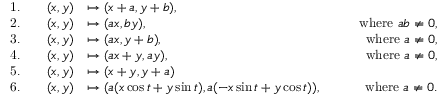
{ \begin{array} { r l r l r } { { \mathrm { 1 . } } } & { } & { ( x , y ) } & { \mapsto ( x + a , y + b ) , } \\ { { \mathrm { 2 . } } } & { } & { ( x , y ) } & { \mapsto ( a x , b y ) , } & { \qquad { \mathrm { w h e r e ~ } } a b \neq 0 , } \\ { { \mathrm { 3 . } } } & { } & { ( x , y ) } & { \mapsto ( a x , y + b ) , } & { \qquad { \mathrm { w h e r e ~ } } a \neq 0 , } \\ { { \mathrm { 4 . } } } & { } & { ( x , y ) } & { \mapsto ( a x + y , a y ) , } & { \qquad { \mathrm { w h e r e ~ } } a \neq 0 , } \\ { { \mathrm { 5 . } } } & { } & { ( x , y ) } & { \mapsto ( x + y , y + a ) } \\ { { \mathrm { 6 . } } } & { } & { ( x , y ) } & { \mapsto ( a ( x \cos t + y \sin t ) , a ( - x \sin t + y \cos t ) ) , } & { \qquad { \mathrm { w h e r e ~ } } a \neq 0 . } \end{array} }